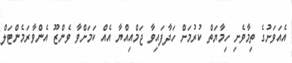
އެއަވަށުގެ ތިމާވެށި ހިމާޔަތް ކުރުމަށް ހަދާފައިވާ ޖަމްއިއްޔާ އެއް ކަމަށްވާ ވެންޒޫ އެންވާރަމެންޓަލް